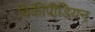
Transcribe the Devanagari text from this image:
विकीपीडियन